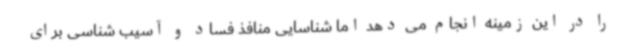
را در این زمینه انجام می دهد اما شناسایی منافذ فساد و آسیب شناسی برای